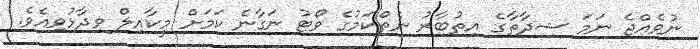
ނުވެއްޖެ ނަމަ ޝިދާތާގެ އިތުބާރު ނެތްކަމުގެ ވޯޓު ނަގާނެ ކަމަށް މީކާއިލް ވިދާޅުވިއެވެ.